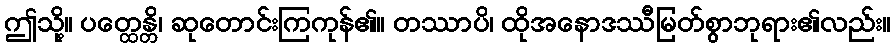
ဤသို့။ ပတ္ထေန္တိ၊ ဆုတောင်းကြကုန်၏။ တဿာပိ၊ ထိုအနောဒဿီမြတ်စွာဘုရား၏လည်း။